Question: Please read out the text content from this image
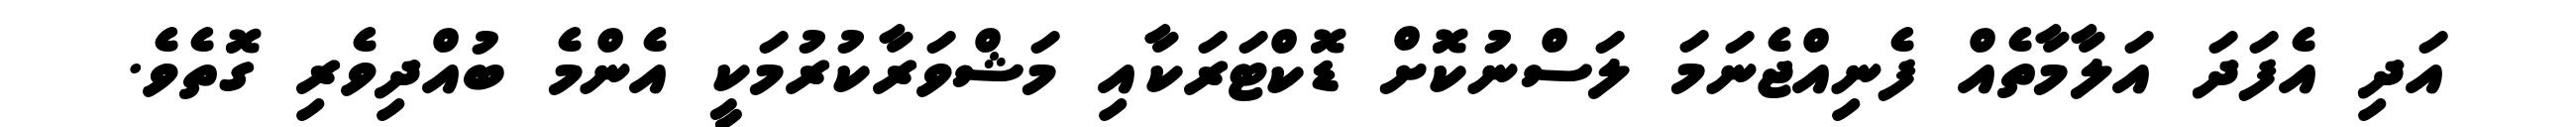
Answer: އަދި އެފަދަ އަލާމާތެއް ފެނިއްޖެނަމަ ލަސްނުކޮށް ޑޮކްޓަރަކާއި މަޝްވަރާކުރުމަކީ އެންމެ ބުއްދިވެރި ގޮތެވެ.